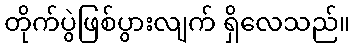
တိုက်ပွဲဖြစ်ပွားလျက် ရှိလေသည်။